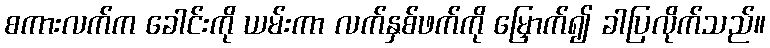
စကားလက်က ခေါင်းကို ယမ်းကာ လက်နှစ်ဖက်ကို မြှောက်၍ ခါပြလိုက်သည်။